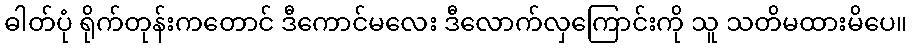
ဓါတ်ပုံ ရိုက်တုန်းကတောင် ဒီကောင်မလေး ဒီလောက်လှကြောင်းကို သူ သတိမထားမိပေ။